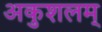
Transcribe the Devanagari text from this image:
अकुशलम्